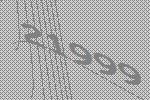
21999